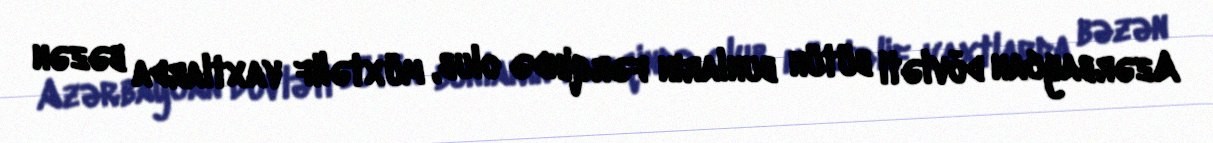
Azərbaycan dövləti bütün bunların fərqində olub, müxtəlif vaxtlarda bəzən